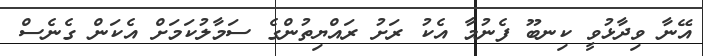
އޭނާ ވިދާޅުވީ ކިނބޫ ފެނުމާ އެކު ރަށު ރައްޔިތުންގެ ސަމާލުކަމަށް އެކަން ގެނެސް